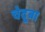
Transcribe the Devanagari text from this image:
चेदूबा